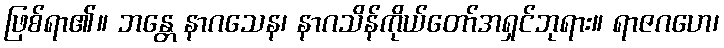
ဖြစ်ရာ၏။ ဘန္တေ နာဂသေန၊ နာဂသိန်ကိုယ်တော်အရှင်ဘုရား။ ရာဇဂဟေ၊